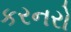
કરનરો